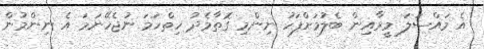
އެ މައްސަލަ މީރާއިން ބެލުމަށްފަހު ނިންމި ގޮތާމެދު ހިތްހަމަ ނުޖެހޭނަމަ އެ ނިންމުން